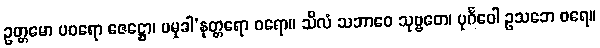
ဥတ္တမော ပဝရော ဇေဋ္ဌော၊ ပမုခါ’နုတ္တရော ဝရော။ သီလံ သဘာဝေ သုဗ္ဗတေ၊ ပုင်္ဂဝေါ ဥသဘေ ဝရေ။